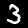
Digit: 3